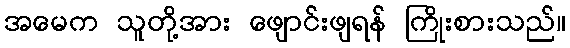
အမေက သူတို့အား ဖျောင်းဖျရန် ကြိုးစားသည်။